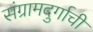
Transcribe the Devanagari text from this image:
संग्रामदुर्गाची